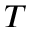
T